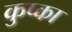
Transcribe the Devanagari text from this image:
कुप्का